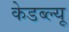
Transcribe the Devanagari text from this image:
केडब्ल्यू